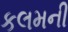
કલમની